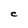
Character: C